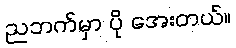
ညဘက်မှာ ပို အေးတယ်။